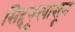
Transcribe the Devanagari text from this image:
सिद्दपूरपासून